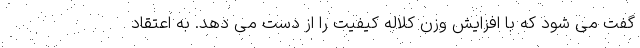
گفت می شود که با افزایش وزن کلاله کیفیت را از دست می دهد. به اعتقاد